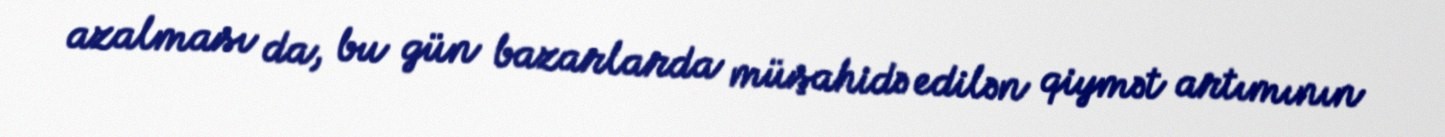
azalması da, bu gün bazarlarda müşahidə edilən qiymət artımının